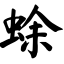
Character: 蜍